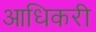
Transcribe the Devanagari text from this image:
आधिकरी